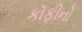
કૉફીનો